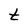
Character: t